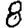
Digit: 8